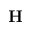
\mathbf { H }